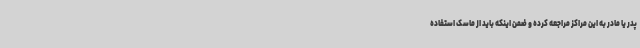
پدر یا مادر به این مراکز مراجعه کرده و ضمن اینکه باید از ماسک استفاده